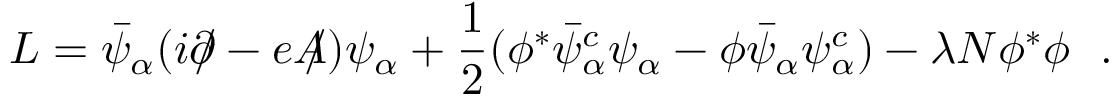
{ \cal L } = \bar { \psi } _ { \alpha } ( i \partial \! \! \! / - e A \! \! \! / ) \psi _ { \alpha } + \frac { 1 } { 2 } ( \phi ^ { * } \bar { \psi } _ { \alpha } ^ { c } \psi _ { \alpha } - \phi \bar { \psi } _ { \alpha } \psi _ { \alpha } ^ { c } ) - \lambda N \phi ^ { * } \phi \, \, \, \, .